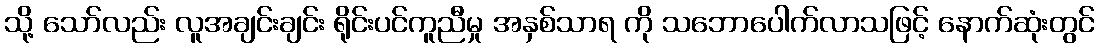
သို့ သော်လည်း လူအချင်းချင်း ရိုင်းပင်ကူညီမှု အနှစ်သာရ ကို သဘောပေါက်လာသဖြင့် နောက်ဆုံးတွင်